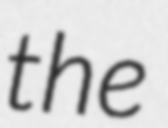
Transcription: the